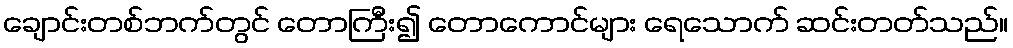
ချောင်းတစ်ဘက်တွင် တောကြီး၍ တောကောင်များ ရေသောက် ဆင်းတတ်သည်။